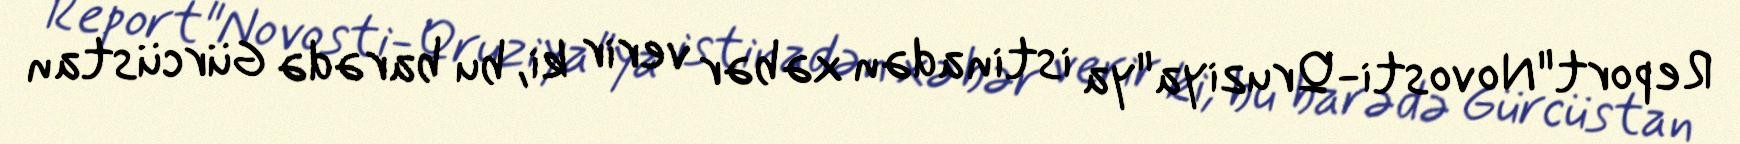
Report"Novosti-Qruziya"ya istinadən xəbər verir ki, bu barədə Gürcüstan